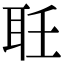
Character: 𦔽